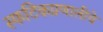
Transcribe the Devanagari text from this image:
स्फटिकप्रणालीचे